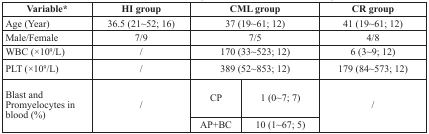
<table><thead><tr><td><b>Variable*</b></td><td><b>HI group</b></td><td colspan="2"><b>CML group</b></td><td><b>CR group</b></td></tr></thead><tbody><tr><td>Age (Year)</td><td>36.5 (21∼52; 16)</td><td colspan="2">37 (19∼61; 12)</td><td>41 (19∼61; 12)</td></tr><tr><td>Male/Female</td><td>7/9</td><td colspan="2">7/5</td><td>4/8</td></tr><tr><td>WBC (×10<sup>9</sup>/L)</td><td>/</td><td colspan="2">170 (33∼523; 12)</td><td>6 (3∼9; 12)</td></tr><tr><td>PLT (×10<sup>9</sup>/L)</td><td>/</td><td colspan="2">389 (52∼853; 12)</td><td>179 (84∼573; 12)</td></tr><tr><td rowspan="2">Blast and Promyelocytes in blood (%)</td><td rowspan="2">/</td><td>CP</td><td>1 (0∼7; 7)</td><td rowspan="2">/</td></tr><tr><td>AP+BC</td><td>10 (1∼67; 5)</td></tr></tbody></table>